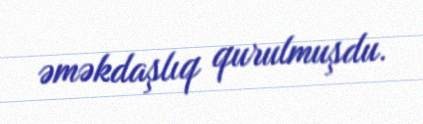
əməkdaşlıq qurulmuşdu.